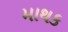
માથક